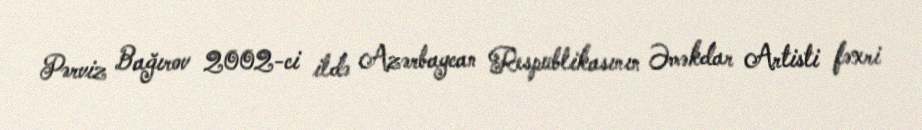
Pərviz Bağırov 2002-ci ildə Azərbaycan Respublikasının Əməkdar Artisti fəxri